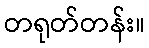
တရုတ်တန်း။